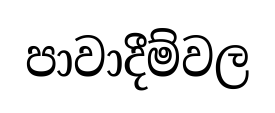
පාවාදීම්වල